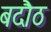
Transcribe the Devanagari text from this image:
बदौठ